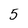
Character: 5